system: You are a helpful assistant.
user:
Analyze the provided spectrum to determine if it is a **S-type Star**.

- **Key Indicators for S-type Star:**

    - **(Overall Spectrum Shape):** The first and most obvious characteristic is the overall continuum (the "baseline" shape). It is **extremely "red-sloping,"** meaning the flux (light intensity) is very low on the left side (blue, ~4000-4500 Å) and rises steeply and continuously toward the right side (red, ~7000 Å+).

    - **(Primary):** The spectrum is defined by the presence of strong, broad molecular absorption "valleys" (bands) from **Zirconium Oxide (ZrO)**. The identification of these bands is the **primary requirement** for classifying a star as S-type.
        - **(Key Bandheads):** You must find distinct, deep "dips" where the light has been absorbed. The most critical band systems to locate are:
            - **~6474 Å** ($\gamma$-system): This is often the strongest and clearest ZrO feature, found in the red part of the spectrum.
            - **~5718 Å** & **~5551 Å** ($\beta$-system): A pair of prominent absorption features in the yellow-orange part of the spectrum.
            - **~4640 Å** ($\alpha$-system): A key absorption band system in the blue-green region of the spectrum.

    - **(Secondary Confirmation):** The classification is strengthened by finding additional absorption bands from other related heavy element oxides, which are expected to be present alongside ZrO.
        - **(Key Bandheads):**
            - **Yttrium Oxide (YO):** Look for absorption dips near **~4800 Å** and **~6100 Å**.
            - **Lanthanum Oxide (LaO):** Additional absorption features, particularly in the red-orange part of the spectrum, are also characteristic.

    - **(Line Profile):** The combination of the steep red continuum and these numerous, deep molecular bands (ZrO, YO, etc.) gives the entire spectrum a very **"chopped-up"** or **"bumpy"** appearance. Instead of a smooth curve, the spectrum looks as though large, wide chunks of light have been "carved out" of it at the specific wavelengths listed above.

Think first, call **spectral_visualization_tool** if needed to examine features in detail, then provide your final answer. Your response must adhere to the following strict rules:
1.  **Overall Structure:** Your response must follow the format `<think>...</think> <tool_call>...</tool_call> (if a tool is used) <answer>...</answer>`.
2.  **Tool Usage Constraint:** You may only make **one** tool call per turn.
3.  **Final Answer Format:** In the `<answer>` tag, your conclusion must be inside a `\boxed{}` command (e.g., `\boxed{YES}` or `\boxed{NO}`), followed by your justification.

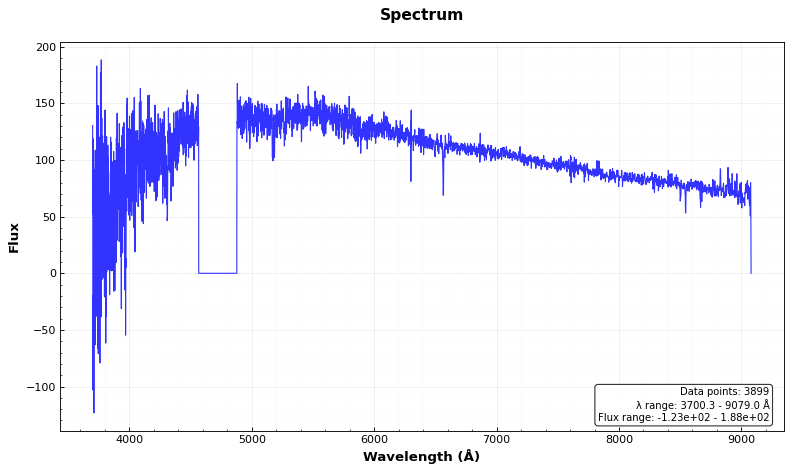
Answer: NO